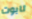
تابوت